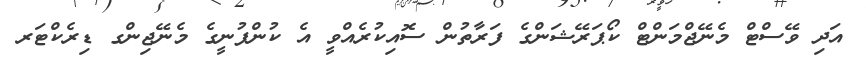
އަދި ވޭސްޓް މެނޭޖްމަންޓް ކޯޕަރޭޝަންގެ ފަރާތުން ސޮއިކުރެއްވީ އެ ކުންފުނީގެ މެނޭޖިންގ ޑިރެކްޓަރ